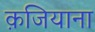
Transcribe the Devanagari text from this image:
क़जियाना